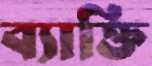
ব্যাক্তি